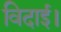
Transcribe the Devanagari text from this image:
विदाई।